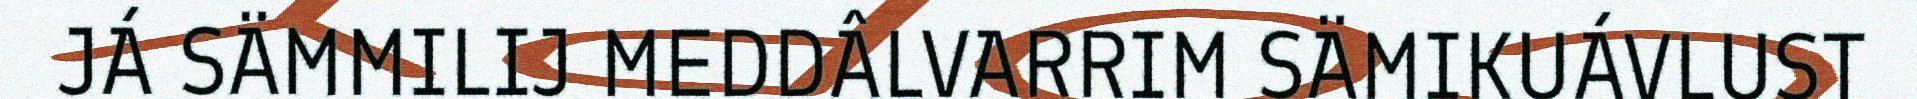
JÁ SÄMMILIJ MEDDÂLVARRIM SÄMIKUÁVLUST